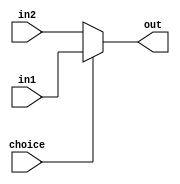
module mux2218(in1, in2, choice, out);
    input[7:0] in1,in2;
    input choice;
    output reg [7:0] out;
    always@(*) begin
      if (choice == 1'b1) out = in1;
      else out = in2;
    end
endmodule